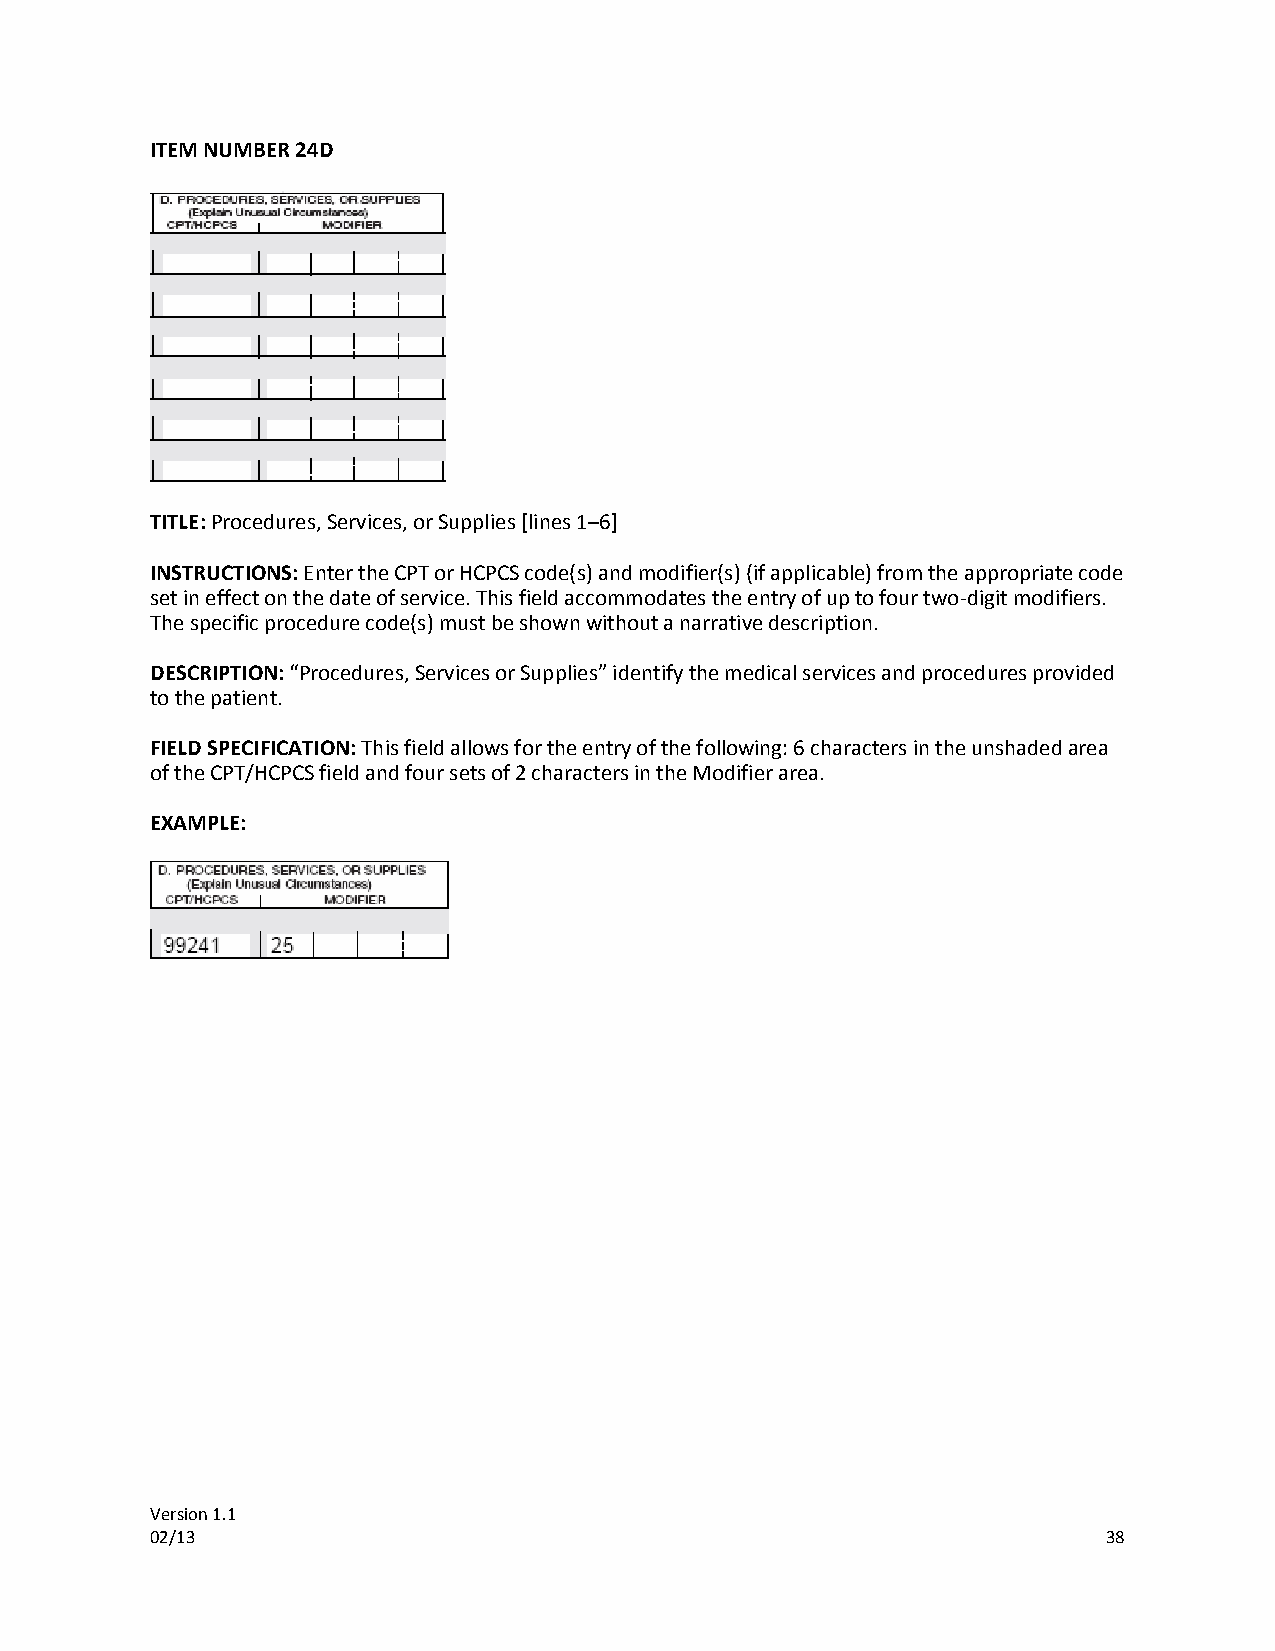
ITEM NUMBER 24D
 TITLE: Procedures, Services, or Supplies [lines 1–6]
 INSTRUCTIONS: Enter the CPT or HCPCS code(s) and modifier(s) (if applicable) from the appropriate code
 set in effect on the date of service. This field accommodates the entry of up to four two-digit modifiers.
 The specific procedure code(s) must be shown without a narrative description.
 DESCRIPTION: “Procedures, Services or Supplies” identify the medical services and procedures provided
 to the patient.
 FIELD SPECIFICATION: This field allows for the entry of the following: 6 characters in the unshaded area
 of the CPT/HCPCS field and four sets of 2 characters in the Modifier area.
 EXAMPLE:
 Version 1.1
 02/13                                                          38